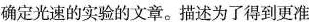
确定光速的实验的文章。描述为了得到更准